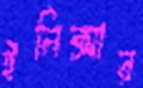
ইলিক্সার